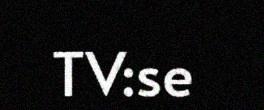
TV:se